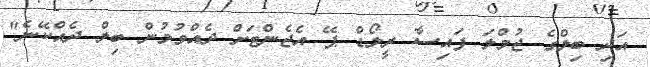
އަދި ބިލްގެ ޖުމްލަ ފައިސާ ރީލޯޑް ޕޭ އެޖެންޓަށް ދެއްވުމުން ބިލް ދެއްކޭނެ"